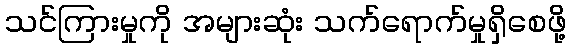
သင်ကြားမှုကို အများဆုံး သက်ရောက်မှုရှိစေဖို့